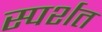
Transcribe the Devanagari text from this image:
स्पर्शत